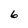
Character: 6